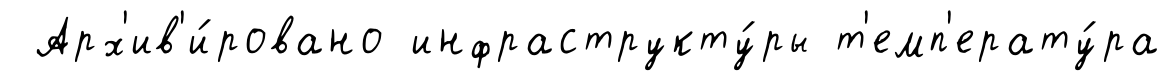
Арх'ив'и́ровано инфраструкту́ры т'емп'ерату́ра